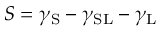
S = \gamma _ { \mathrm { S } } - \gamma _ { \mathrm { S L } } - \gamma _ { \mathrm { L } }